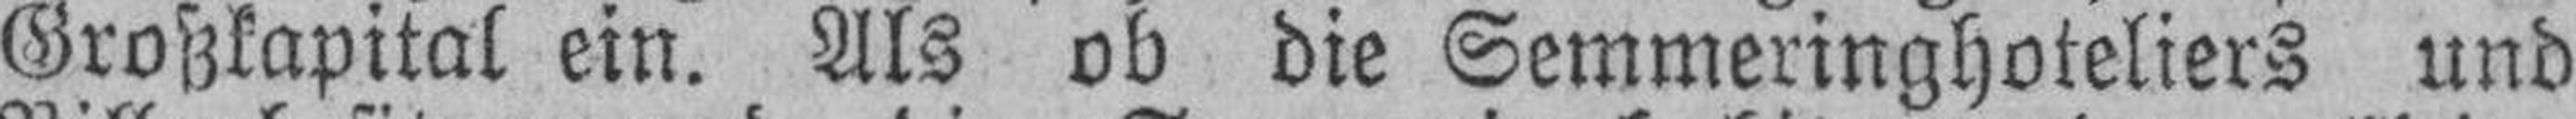
Großkapital ein. Als ob die Semmeringhoteliers und